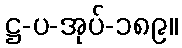
ဋ္ဌ-ပ-အုပ်-၁၈၉။